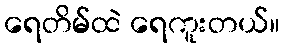
ရေတိမ်ထဲ ရေကူးတယ်။